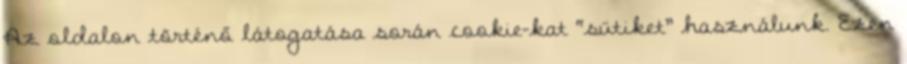
Az oldalon történő látogatása során cookie-kat “sütiket” használunk. Ezen